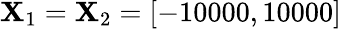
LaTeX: \mathbf{X}_{1}=\mathbf{X}_{2}=[-10000,10000]